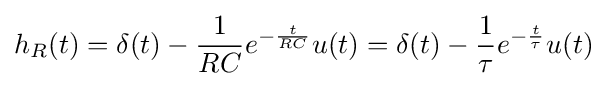
h_{R}(t)=\delta (t)-{\frac {1}{RC}}e^{-{\frac {t}{RC}}}u(t)=\delta (t)-{\frac {1}{\tau }}e^{-{\frac {t}{\tau }}}u(t)